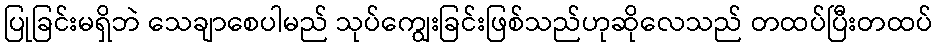
ပြုခြင်းမရှိဘဲ သေချာစေပါမည် သုပ်ကျွေးခြင်းဖြစ်သည်ဟုဆိုလေသည် တထပ်ပြီးတထပ်